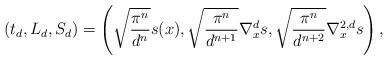
LaTeX: \begin{align*}(t_d,L_d,S_d) = \left(\sqrt{\frac{\pi^n}{d^n}} s(x), \sqrt{\frac{\pi^n}{d^{n+1}}} \nabla^d_xs,\sqrt{\frac{\pi^n}{d^{n+2}}}\nabla^{2,d}_xs \right),\end{align*}